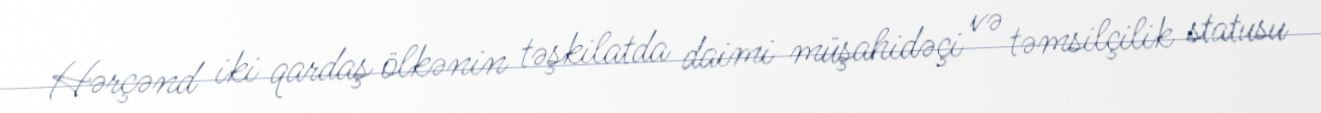
Hərçənd iki qardaş ölkənin təşkilatda daimi müşahidəçi və təmsilçilik statusu